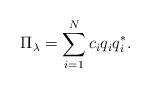
LaTeX: \begin{align*}\Pi_\lambda = \sum_{i=1}^N c_iq_iq_i^*.\end{align*}